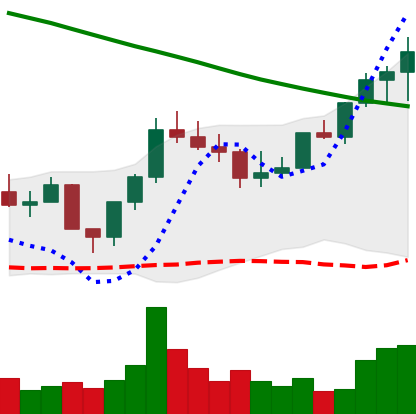
Ticker: LINK-USD
Chart end date: 2022-08-10
Forward return: -4.376%
Label: down_3_5